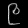
Digit: ၉